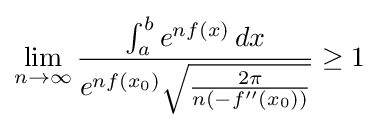
\lim _{n\to \infty }{\frac {\int _{a}^{b}e^{nf(x)}\,dx}{e^{nf(x_{0})}{\sqrt {\frac {2\pi }{n(-f''(x_{0}))}}}}}\geq 1